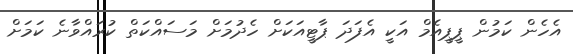
އެހެން ކަމުން ޕީޕީއެމް އަކީ އެފަދަ ޕާޓީއަކަށް ހެދުމަށް މަސައްކަތް ކުރައްވާނެ ކަމަށް